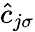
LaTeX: \hat{c}_{j\sigma}